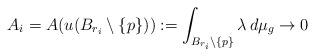
LaTeX: \begin{align*} A_i=A(u(B_{r_i} \setminus \{p\})):=\int_{B_{r_i} \setminus \{p\}} \lambda \, d\mu_g \rightarrow 0 \end{align*}